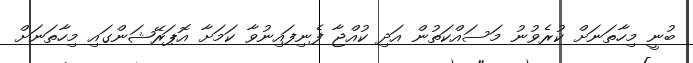
ބުނީ މިހާތަނަށް ކުރެވުނު މަސައްކަތުން އަދި ކުއްޖާ ފެނިފައިނުވާ ކަމަށާ އޮޕަރޭޝަންގައި މިހާތަނަށް